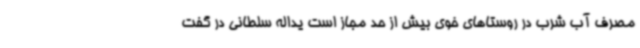
مصرف آب شرب در روستاهای خوی بیش از حد مجاز است یداله سلطانی در گفت